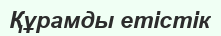
Құрамды етістік